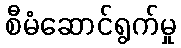
စီမံဆောင်ရွက်မှု